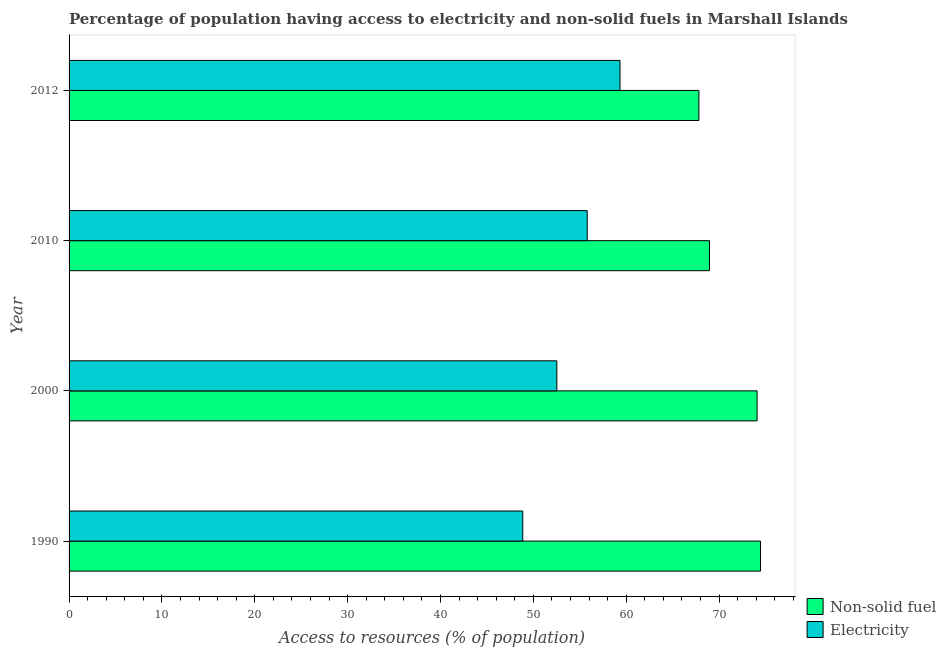
| Year | Non-solid fuel | Electricity |
 | --- | --- | --- |
 | 1990 | 74.5 | 48.9 |
 | 2000 | 74.1 | 52.5 |
 | 2010 | 69 | 55.8 |
 | 2012 | 67.8 | 59.3 |